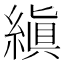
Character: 縝